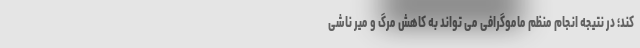
کند؛ در نتیجه انجام منظم ماموگرافی می تواند به کاهش مرگ و میر ناشی